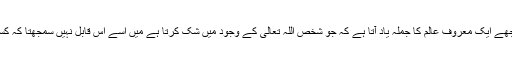
میں جب ان چیزوں پر غور کرتا ہوں تو مجھے ایک معروف عالم کا جملہ یاد آتا ہے کہ جو شخص اللہ تعالیٰ کے وجود میں شک کرتا ہے میں اسے اس قابل نہیں سمجھتا کہ کسی معقول مسئلے پر اس سے گفتگو کروں۔